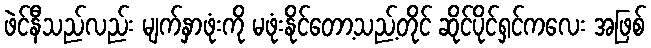
ဖဲင်နီသည်လည်း မျက်နှာဖုံးကို မဖုံးနိုင်တော့သည့်တိုင် ဆိုင်ပိုင်ရှင်ကလေး အဖြစ်